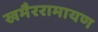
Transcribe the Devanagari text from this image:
खमैररामायण